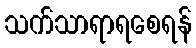
သက်သာရာရစေရန်